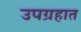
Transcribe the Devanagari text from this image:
उपग्रहात